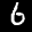
Label: 6